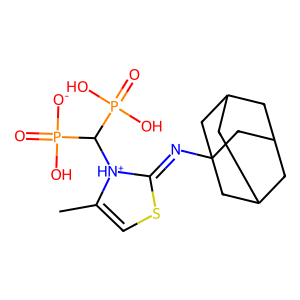
SMILES: CC1=CSC(=NC23CC4CC(CC(C4)C2)C3)[NH+]1C(P(=O)([O-])O)P(=O)(O)O
Inhibits HIV replication: No